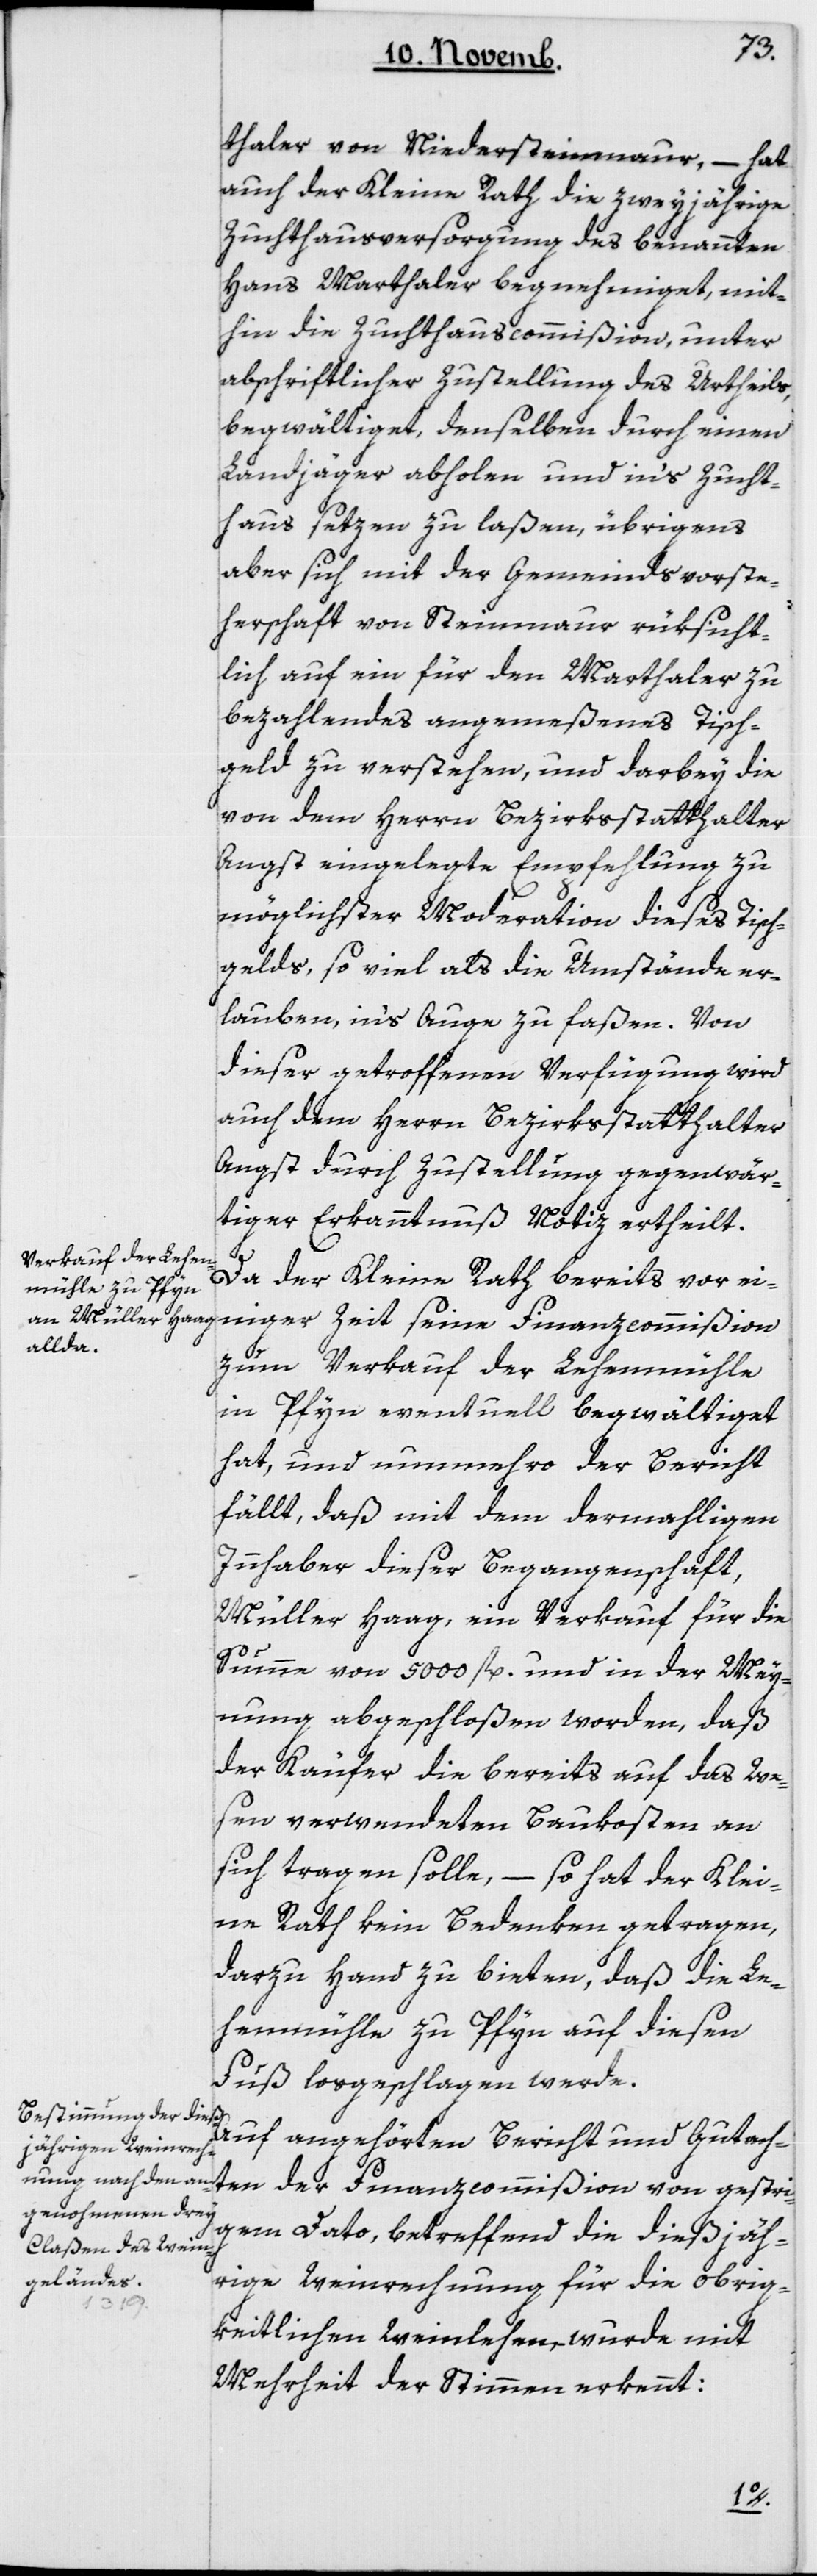
thaler von Niedersteinmaur, – hat
auch der Kleine Rath die zweyjährige
Zuchthausversorgung des benannten
Hans Marthaler begnehmiget, mit¬
hin die Zuchthauscommißion, unter
abschriftlicher Zustellung des Urtheils,
begwältiget, denselben durch einen
Landjäger abholen und ins Zucht¬
haus setzen zu laßen, übrigens
aber sich mit der Gemeinds-Vorste¬
herschaft von Steinmaur rüksicht¬
lich auf ein für den Marthaler zu
bezahlendes angemeßenes Tisch¬
geld zu verstehen, und darbey die
von dem Herrn Bezirksstatthalter
Angst eingelegte Empfehlung zu
möglichster Moderation dieses Tisch¬
gelds, so viel als die Umstände er¬
lauben, ins Auge zu faßen. Von
dieser getroffenen Verfügung wird
auch dem Herrn Bezirksstatthalter
Angst durch Zustellung gegenwär¬
tiger Erkanntnuß Notiz ertheilt.
Da der Kleine Rath bereits vor ei¬
niger Zeit seine Finanzcommißion
zum Verkauf der Lehenmühle
in Pfyn eventuell begwältiget
hat, und nunmehro der Bericht
fällt, daß mit dem dermahligen
Innhaber dieser Begangenschaft,
Müller Haag, ein Verkauf für die
Summe von 5000 fl. und in der Mey¬
nung abgeschloßen worden, daß
der Käufer die bereits auf das We¬
sen verwendeten Baukosten an
sich tragen solle, – so hat der Klei¬
ne Rath kein Bedenken getragen,
darzu Hand zu bieten, daß die Le¬
henmühle zu Pfyn auf diesen
Fuß losgeschlagen werde.
Auf angehörten Bericht und Gutach¬
ten der Finanzcommißion von gestri¬
gem Dato, betreffend die diesjäh¬
rige Weinrechnung für die obrig¬
keitlichen Weinlehen, wurde mit
Mehrheit der Stimmen erkennt: